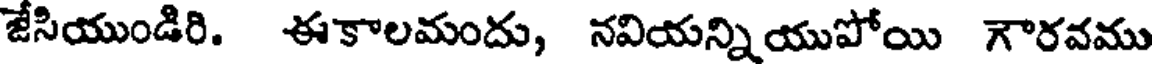
జేసియుండిరి. ఈకాలమందు, నవియన్నియుపోయి గౌరవము